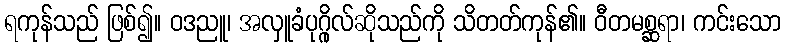
ရကုန်သည် ဖြစ်၍။ ဝဒညူ၊ အလှူခံပုဂ္ဂိုလ်ဆိုသည်ကို သိတတ်ကုန်၏။ ဝီတမစ္ဆရာ၊ ကင်းသော